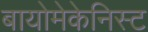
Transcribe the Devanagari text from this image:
बायोमेकेनिस्ट